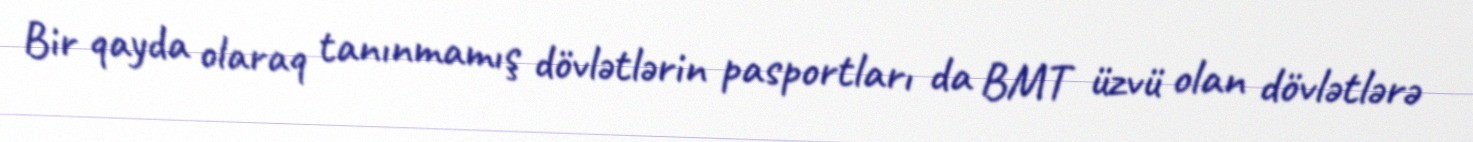
Bir qayda olaraq tanınmamış dövlətlərin pasportları da BMT üzvü olan dövlətlərə